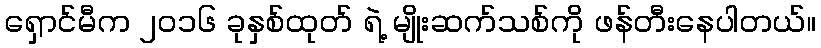
ရှောင်မီက ၂၀၁၆ ခုနှစ်ထုတ် ရဲ့ မျိုးဆက်သစ်ကို ဖန်တီးနေပါတယ်။